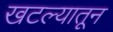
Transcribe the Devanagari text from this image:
खटल्यातून